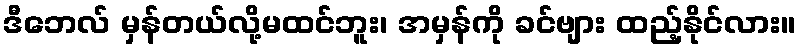
ဒီဘေလ် မှန်တယ်လို့မထင်ဘူး၊ အမှန်ကို ခင်ဗျား ထည့်နိုင်လား။